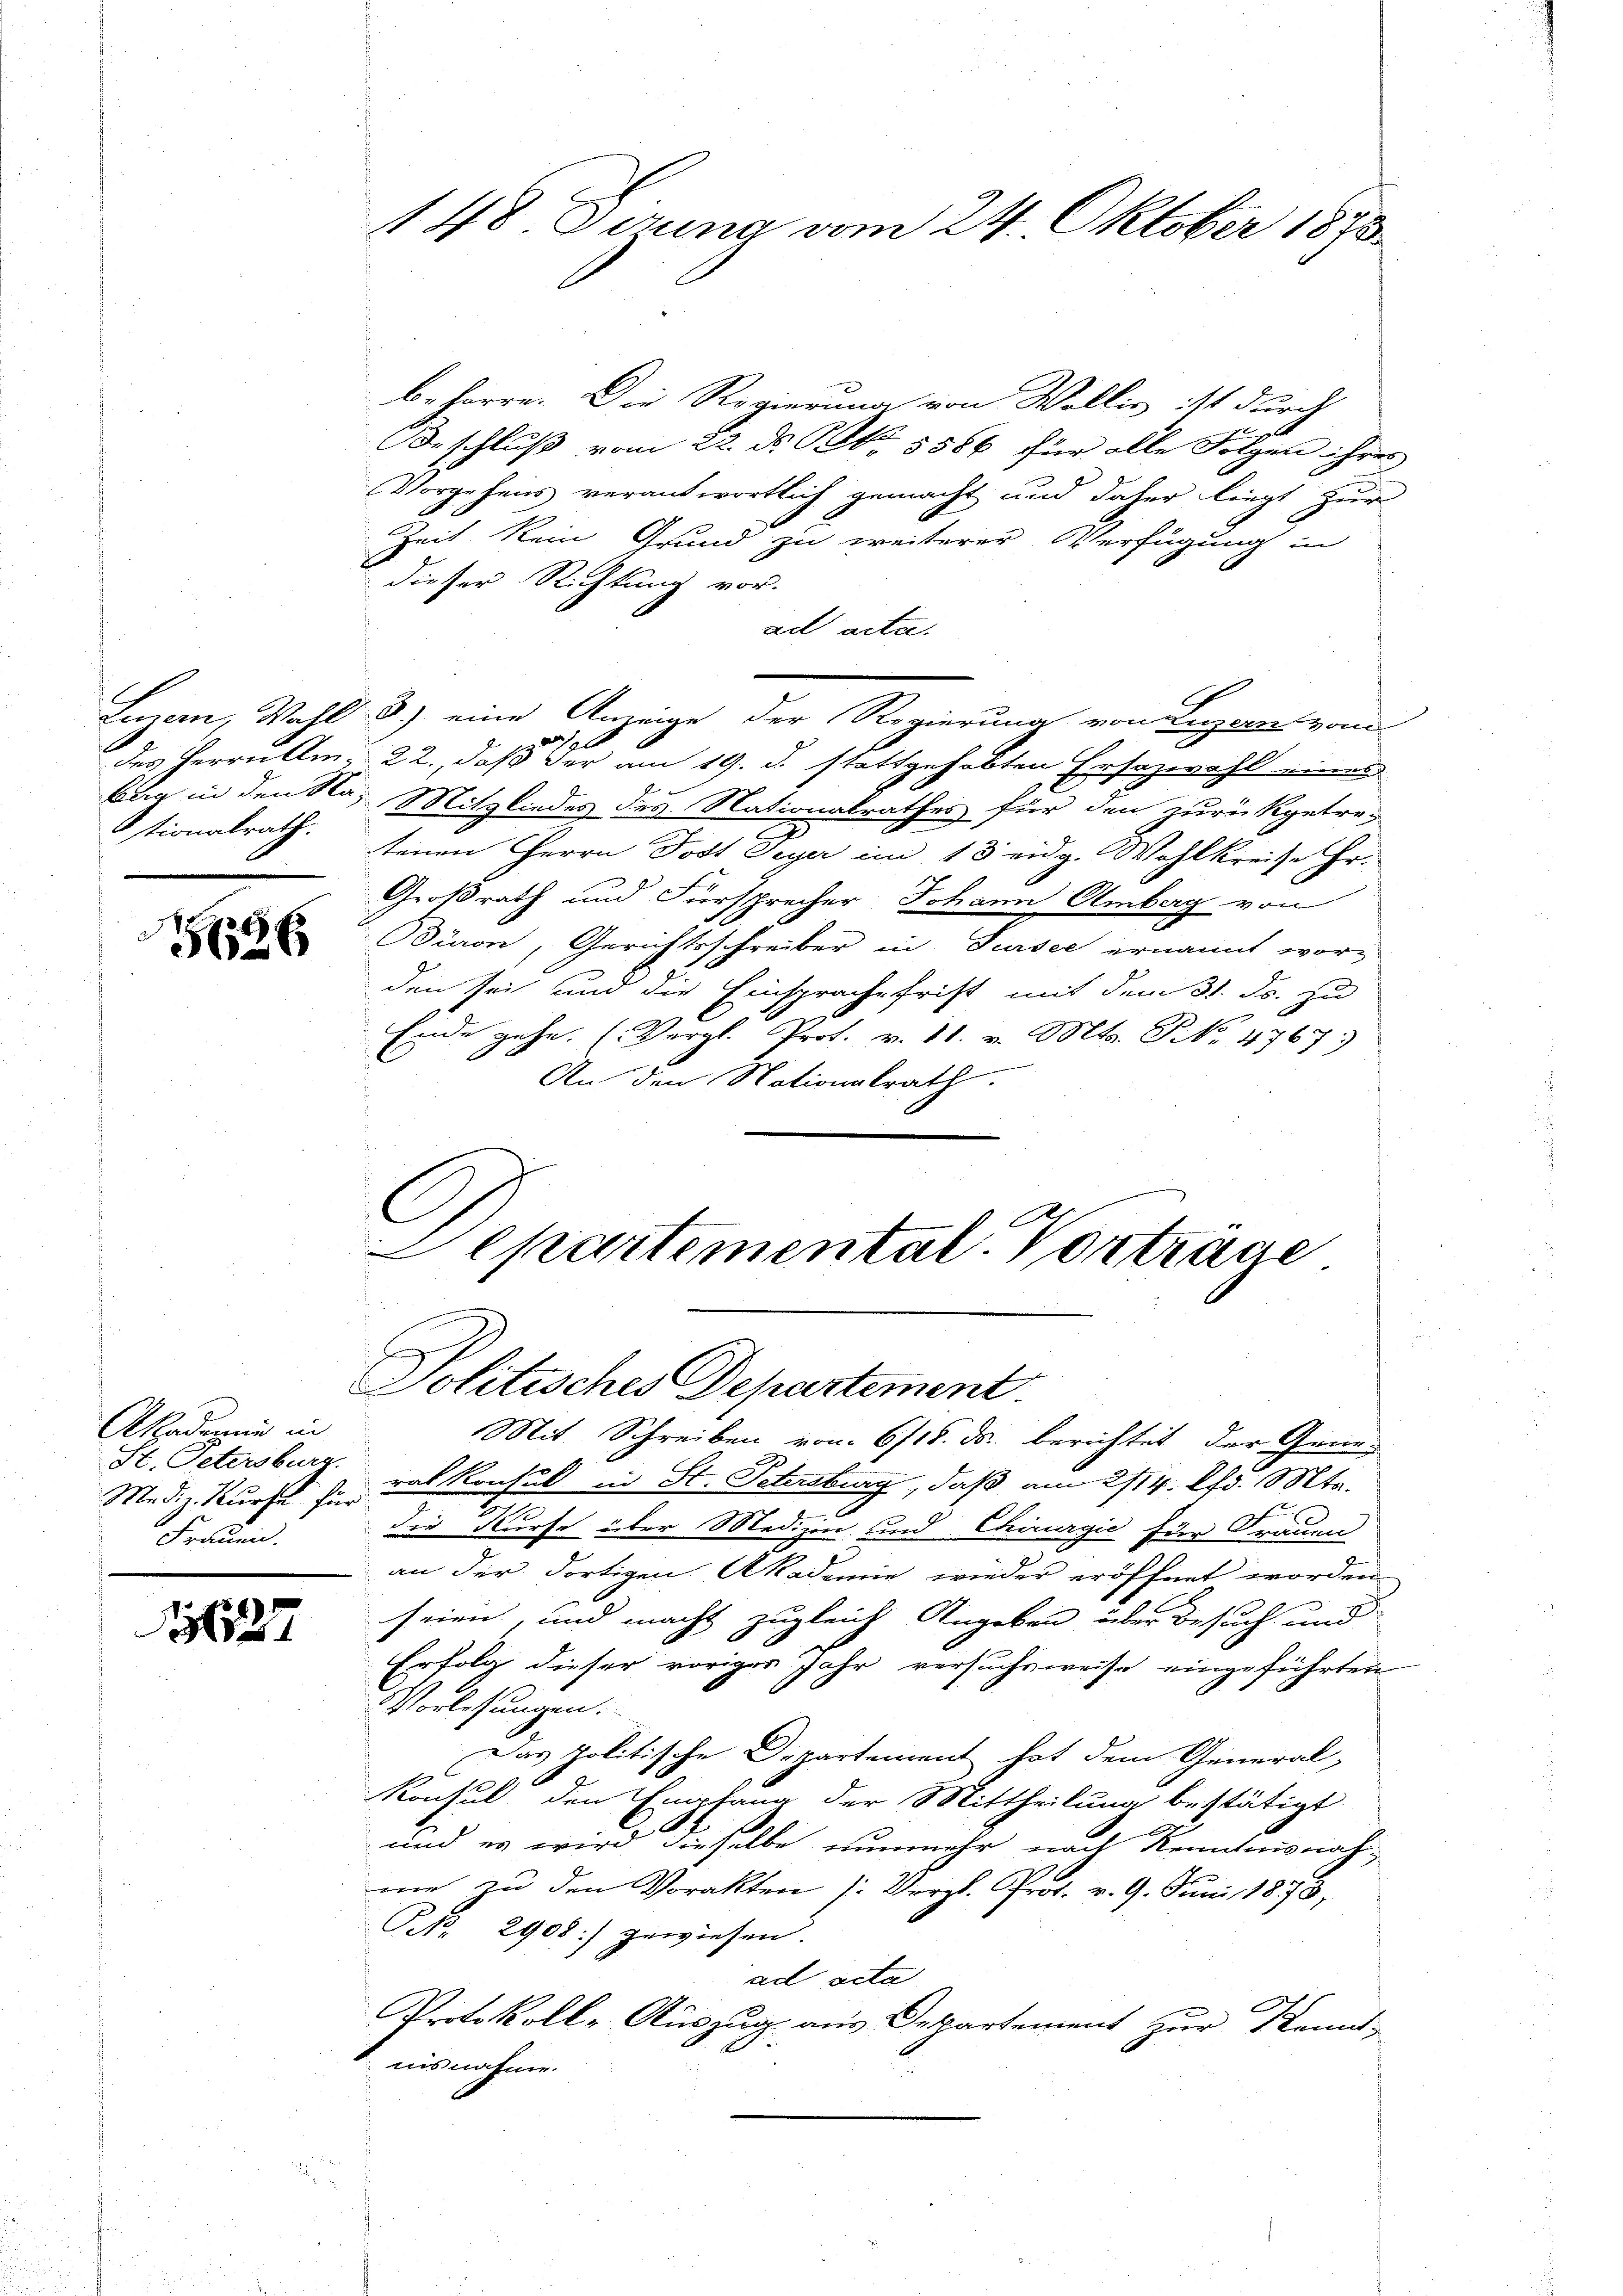
Lian, Wahl
des Herrn Am
Stionalrath.

d
26

Akademie in
St. Petersburg.
Frauen.

1627

148. Dezung vom 24. Oktober 1873

beharre. Die Regierung von Wallis ist durch
Beschluß vom 22. ds. S. 5586 für alle Folgen ihres |
Vorgehens verantwortlich gemacht und daher liegt zur
Zeit kein Grund zu weiterer Verfügung in
E
dieser Richtung vor.
ad acta.
 8.) eine Anzeige der Regierung von Luzern vom
a
22., daß der am 19. d. stattgehabten Ersazwahl eines
bi in den Na, Mitgliedes des Nationalrathes für den zurückgetre-
tenen Herrn Post Teyer im 13 eidg. Wahlkreise Fr.
Großrath und Fürsprecher Johann Ambag von
Bion, Gerichtsschreiber in Sursee ernannt wor-
den sei und die Einsprache frist mit dem 31. Js. zu
Ende gehe. (Vergl. Prof. v. 11. v. Mts. No 4767.
An den Nationalrath.
C

Separtemental. Vorträge
B
Politisches Departement.

Mit Schreiben vom 6/18. ds. berichtet der Gene¬
Mediz kurs den vor konsul in St. Petersburg, daß am 2114. fr. Mts.
die Kurse über Medizin und Chirurgić fuer Frauen
an der dortigen Akademie wieder eröffnet worden
seien, und macht zugleich Angeben über Besuch und
Erfolg dieser voriges Jahr versuchsweise eingeführten
Vorlesungen.
Das politische Departement hat dem General-
1
Konsul den Empfang der Mittheilung bestätigt
und es wird dieselbe nunmehr nach Kenntnisnah
me zu den Vorakten (: Vergl. Prot. v. 9. Juni 1873,
NNo. 2908:/ gewiesen.
ad acta
Protokoll-Auszug aus Departement zur Kennt-
E
nisnahme.